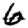
Digit: 6